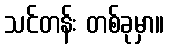
သင်တန်း တစ်ခုမှာ။